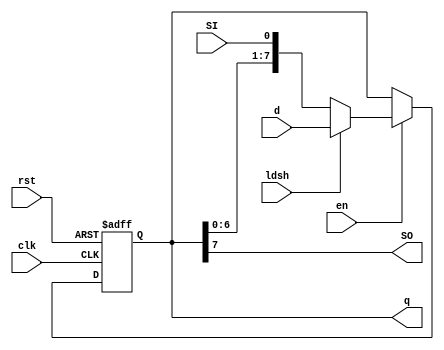
module shiftLreg8 #(
    parameter N = 8
) (
    input clk, rst, en, ldsh, SI, 
    input [N-1: 0] d, 
    output SO, 
    output reg [N-1: 0] q
);

    always @(posedge clk, posedge rst) begin 
        if (rst) 
            q <= 0; 
        else if (en) begin 
            if (ldsh)
                q <= d;
            else 
                q <= {q[N-2:0], SI};
        end
    end

    assign SO = q[N-1]; 
    
endmodule